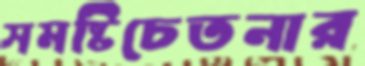
সমষ্টিচেতনার